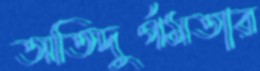
অতিদুর্গমতার